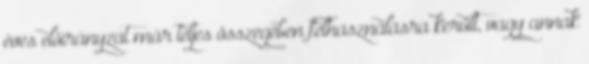
éves előirányzat már teljes összegében felhasználásra került, vagy annak